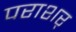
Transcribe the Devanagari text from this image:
पराशर्